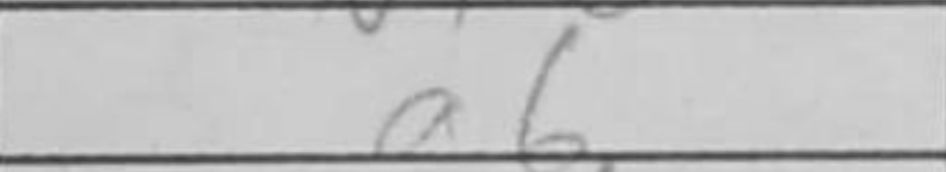
Transcription: a6